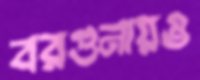
বরগুনায়ও